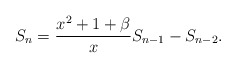
\begin{align*} S_n=\frac{x^2+1+\beta}{x}S_{n-1}-S_{n-2}. \end{align*}